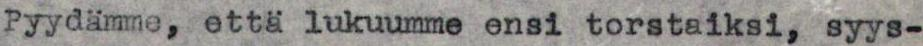
Pyydämme, että lukuumme ensi torstaiksi, syys-